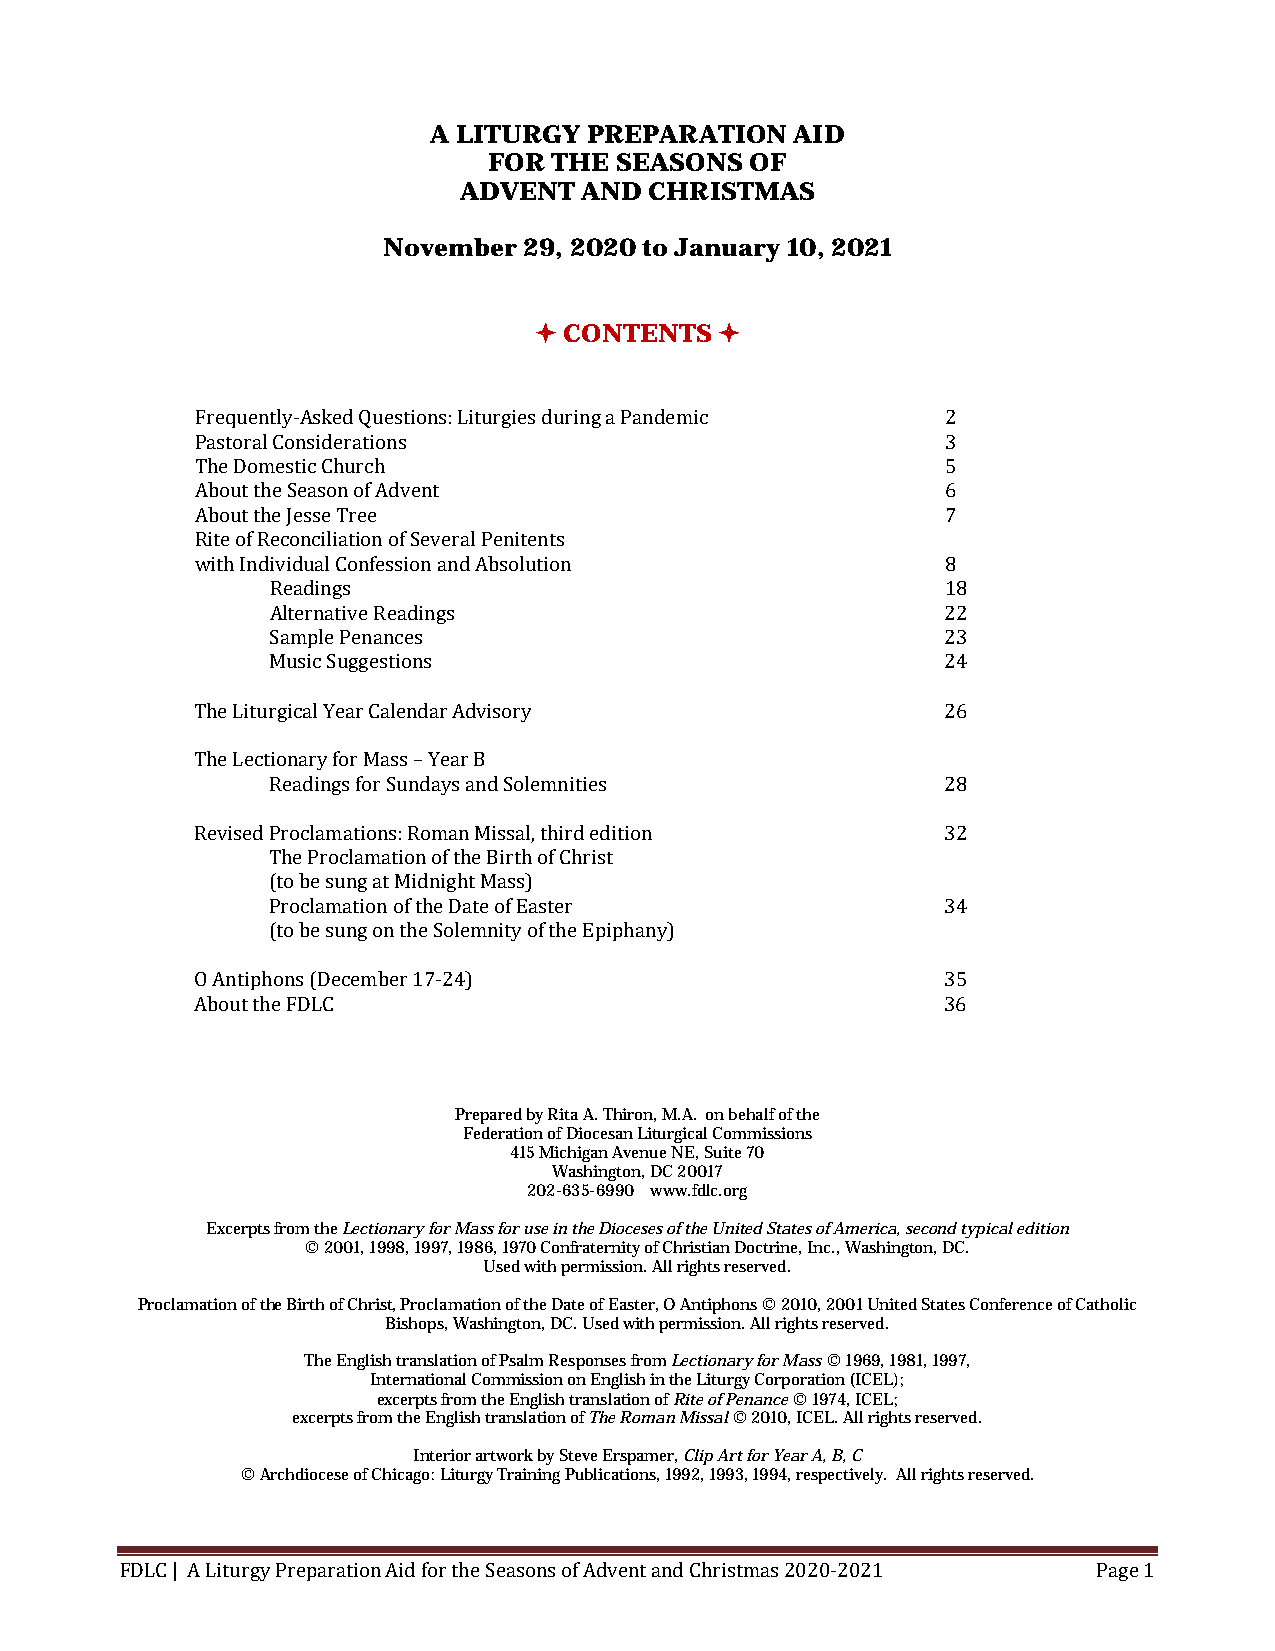
A LITURGY  PREPARATION   AID
 FOR  THE SEASONS  OF
 ADVENT  AND  CHRISTMAS
 November  29, 2020 to January 10, 2021
  CONTENTS   
 Frequently-Asked Questions: Liturgies during a Pandemic 2
 Pastoral Considerations                           3
 The Domestic Church                               5
 About the Season of Advent                        6
 About the Jesse Tree                              7
 Rite of Reconciliation of Several Penitents
 with Individual Confession and Absolution         8
 Readings                                     18
 Alternative Readings                         22
 Sample Penances                              23
 Music Suggestions                            24
 The Liturgical Year Calendar Advisory             26
 The Lectionary for Mass – Year B
 Readings for Sundays and Solemnities         28
 Revised Proclamations: Roman Missal, third edition 32
 The Proclamation of the Birth of Christ
 (to be sung at Midnight Mass)
 Proclamation of the Date of Easter           34
 (to be sung on the Solemnity of the Epiphany)
 O Antiphons (December 17-24)                      35
 About the FDLC                                   36
 Prepared by Rita A. Thiron, M.A. on behalf of the
 Federation of Diocesan Liturgical Commissions
 415 Michigan Avenue NE, Suite 70
 Washington, DC 20017
 202-635-6990 www.fdlc.org
 Excerpts from the Lectionary for Mass for use in the Dioceses of the United States of America, second typical edition
 © 2001, 1998, 1997, 1986, 1970 Confraternity of Christian Doctrine, Inc., Washington, DC.
 Used with permission. All rights reserved.
 Proclamation of the Birth of Christ, Proclamation of the Date of Easter, O Antiphons © 2010, 2001 United States Conference of Catholic
 Bishops, Washington, DC. Used with permission. All rights reserved.
 The English translation of Psalm Responses from Lectionary for Mass © 1969, 1981, 1997,
 International Commission on English in the Liturgy Corporation (ICEL);
 excerpts from the English translation of Rite of Penance © 1974, ICEL;
 excerpts from the English translation of The Roman Missal © 2010, ICEL. All rights reserved.
 Interior artwork by Steve Erspamer, Clip Art for Year A, B, C
 © Archdiocese of Chicago: Liturgy Training Publications, 1992, 1993, 1994, respectively. All rights reserved.
 FDLC | A Liturgy Preparation Aid for the Seasons of Advent and Christmas 2020-2021 Page 1